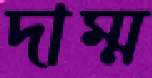
দাম্ম